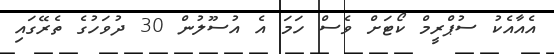
އެއާއެކު ސުޕްރީމް ކޯޓަށް ވެސް ހަމަ އެ އުސޫލުން 30 ދުވަހުގެ ތެރޭގައި